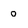
Character: o